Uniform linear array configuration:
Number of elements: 24
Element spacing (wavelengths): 0.75
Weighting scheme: binomial
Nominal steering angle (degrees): -30
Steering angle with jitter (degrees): -31.319
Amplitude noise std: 0.05
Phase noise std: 0.05

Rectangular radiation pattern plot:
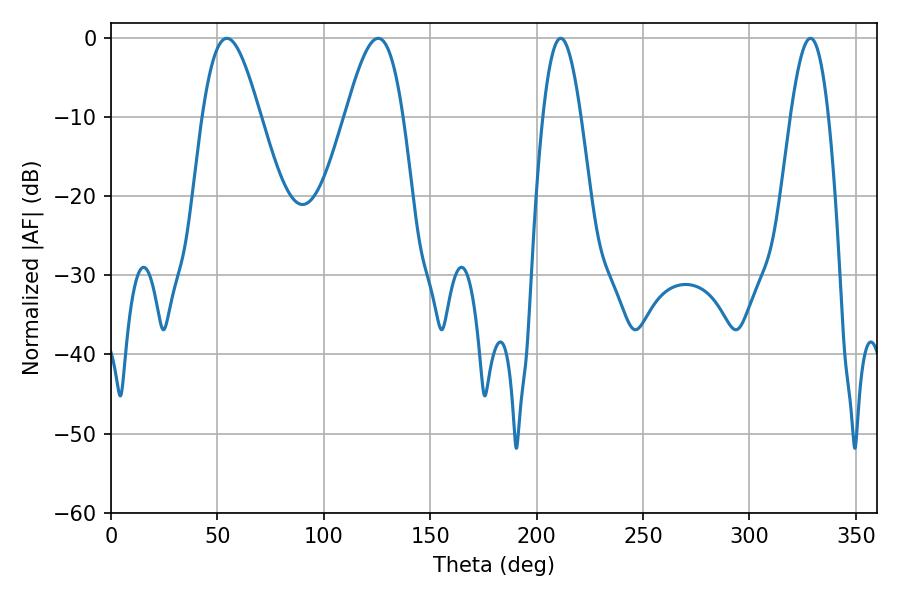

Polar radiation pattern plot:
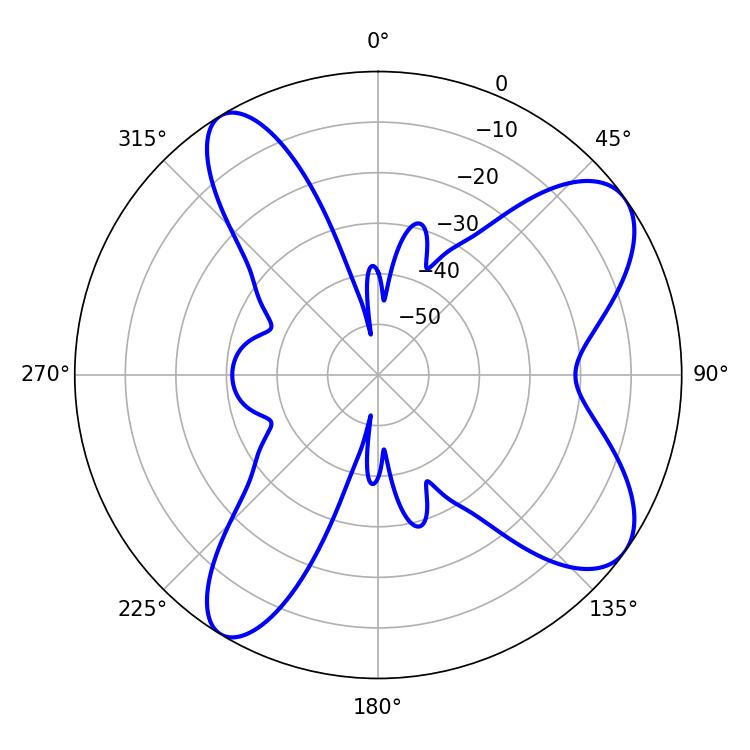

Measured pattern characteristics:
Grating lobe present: TRUE
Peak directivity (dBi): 8.685
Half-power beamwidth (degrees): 9.72
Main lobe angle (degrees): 211.32